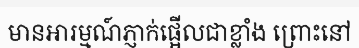
មានអារម្មណ៍ភ្ញាក់ផ្អើលជាខ្លាំង ព្រោះនៅ